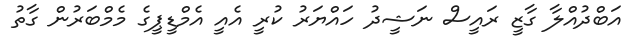
އަބްދުއްލާ ގާޒީ ރައީސް ނަޝީދު ހައްޔަރު ކުރީ އެއީ އެމްޑީޕީގެ މެމްބަރުން ގާތު